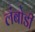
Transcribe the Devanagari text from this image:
लंबोडी